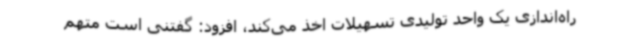
راه‌اندازی یک واحد تولیدی تسهیلات اخذ می‌کند، افزود: گفتنی است متهم